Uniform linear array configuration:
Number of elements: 48
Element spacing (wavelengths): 1
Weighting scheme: exponential
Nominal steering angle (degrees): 0
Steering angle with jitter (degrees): -0.5259
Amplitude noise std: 0.05
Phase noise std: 0.05

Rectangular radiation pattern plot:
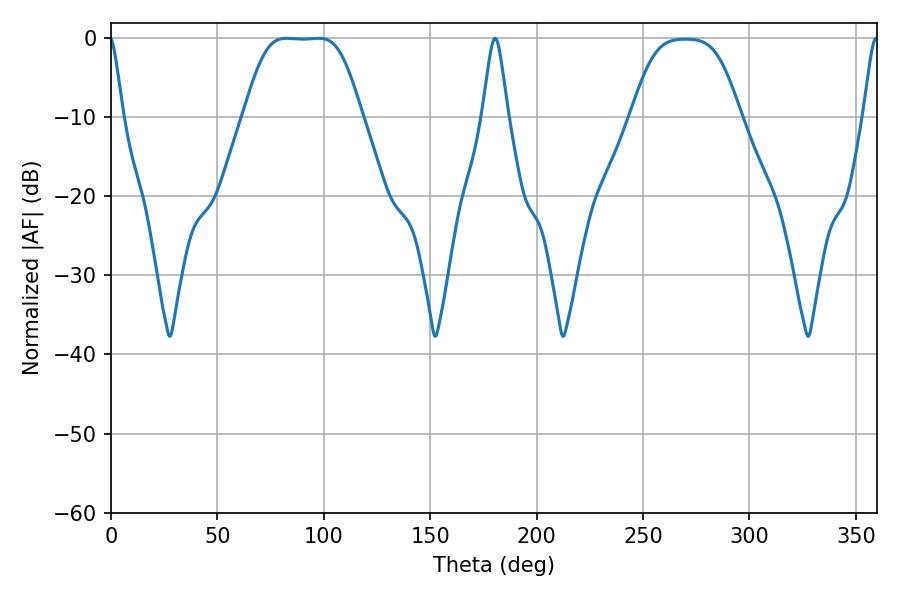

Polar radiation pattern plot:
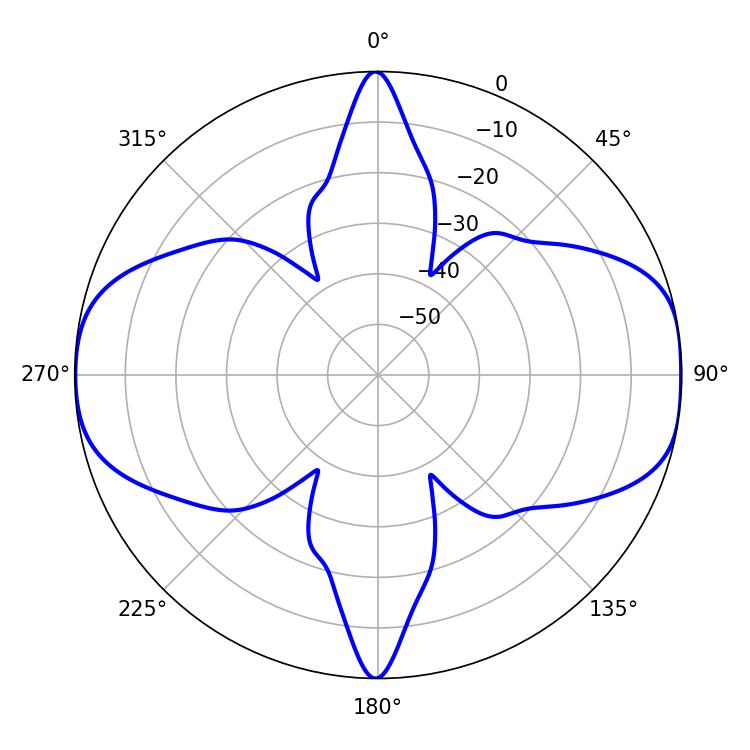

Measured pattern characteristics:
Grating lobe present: TRUE
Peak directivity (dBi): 12.615
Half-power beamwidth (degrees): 39.6
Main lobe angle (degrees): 82.44